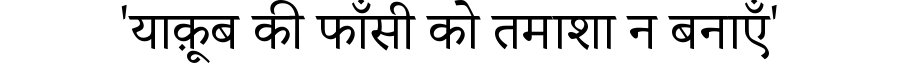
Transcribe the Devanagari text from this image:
'याक़ूब की फाँसी को तमाशा न बनाएँ'